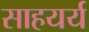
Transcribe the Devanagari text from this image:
साहयर्य